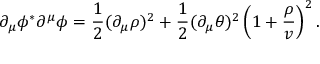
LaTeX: \partial _ { \mu } \phi ^ { * } \partial ^ { \mu } \phi = { \frac { 1 } { 2 } } ( \partial _ { \mu } \rho ) ^ { 2 } + { \frac { 1 } { 2 } } ( \partial _ { \mu } \theta ) ^ { 2 } \left( 1 + { \frac { \rho } { v } } \right) ^ { 2 } .